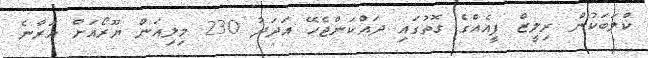
ކްލަބަކުން ރިލީޒް ފީއެއްގެ ގޮތުގައި ދައްކަންޖެހޭ އަދަދު 230 މިލިއަން ޔޫރޯއަށް އަރާނެ